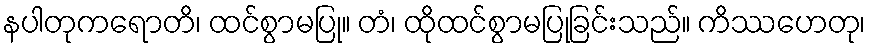
နပါတုကရောတိ၊ ထင်စွာမပြု။ တံ၊ ထိုထင်စွာမပြုခြင်းသည်။ ကိဿဟေတု၊